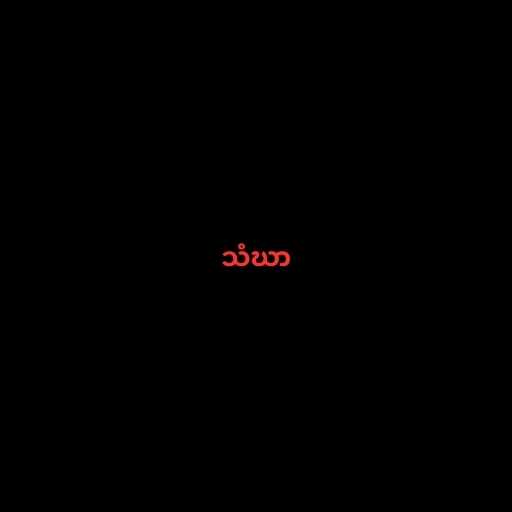
သံဃာ